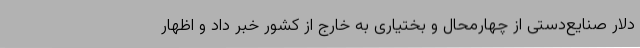
دلار صنایع‌دستی از چهارمحال و بختیاری به خارج از کشور خبر داد و اظهار